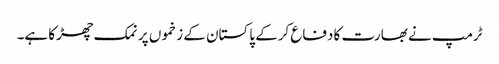
ٹرمپ نے بھارت کا دفاع کرکے پاکستان کے زخموں پر نمک چھڑکا ہے۔